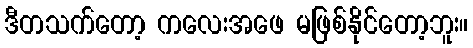
ဒီတသက်တော့ ကလေးအဖေ မဖြစ်နိုင်တော့ဘူး။